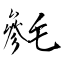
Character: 毿